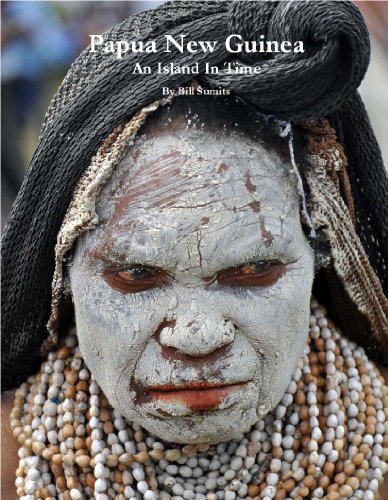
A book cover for Papua New Guinea; Bill Sumits; Travel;